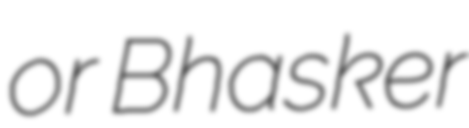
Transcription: or Bhasker